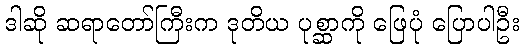
ဒါဆို ဆရာတော်ကြီးက ဒုတိယ ပုစ္ဆာကို ဖြေပုံ ပြောပါဦး